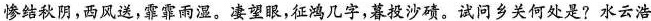
惨结秋阴，西风送，霏霏雨湿。凄望眼，征鸿几字，暮投沙碛。试问乡关何处是?水云浩